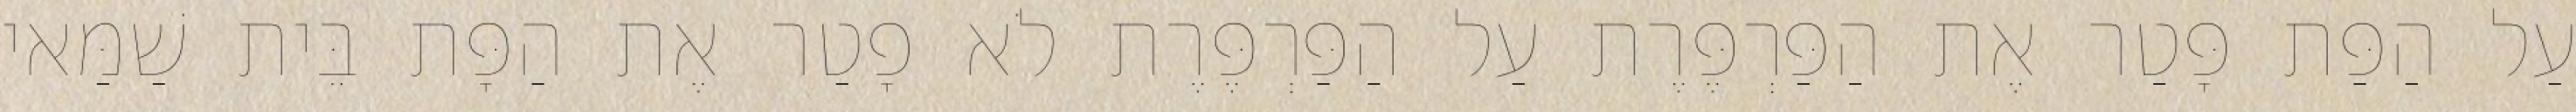
עַל הַפַּת פָּטַר אֶת הַפַּרְפֶּרֶת עַל הַפַּרְפֶּרֶת לֹא פָטַר אֶת הַפָּת בֵּית שַׁמַּאי